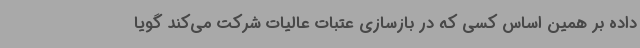
داده بر همین اساس کسی که در بازسازی عتبات عالیات شرکت می‌کند گویا